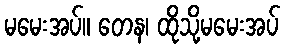
မမေးအပ်။ တေန၊ ထိုသို့မမေးအပ်